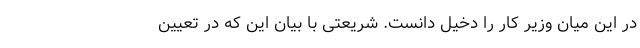
در این میان وزیر کار را دخیل دانست. شریعتی با بیان این که در تعیین